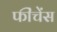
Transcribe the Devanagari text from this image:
फींचेंस